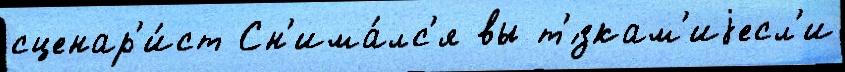
сценар'и́ст Сн'има́лс'я вы т'́зкам'иjесл'и